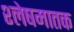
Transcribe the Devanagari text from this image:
श्लेषमातक